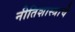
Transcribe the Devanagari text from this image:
नीतिशास्त्राचे